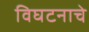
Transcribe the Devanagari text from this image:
विघटनाचे